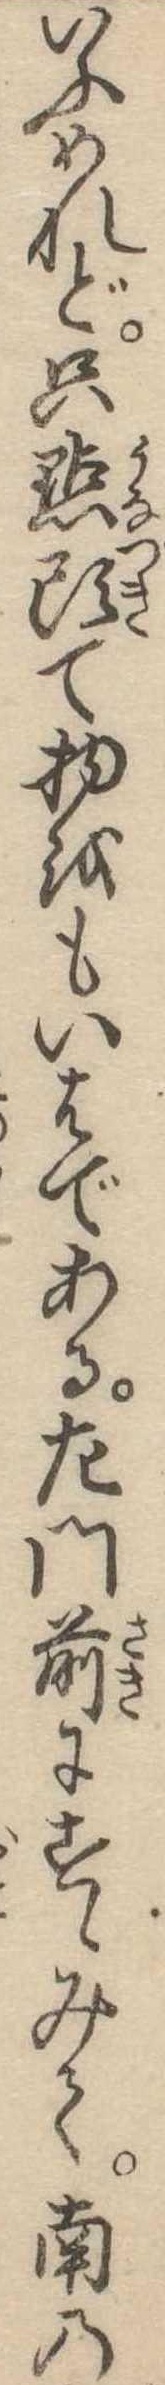
いふめれど只点頭て物をもいはである左門前にすゝみて南の